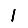
Digit: 1